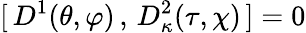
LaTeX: [\, D^{1}(\theta,\varphi)\, ,\, D_{\kappa}^{2}(\tau,\chi)\, ]=0